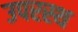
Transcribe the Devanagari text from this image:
उपरस्थ